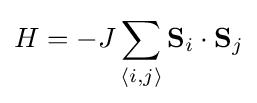
H=-J\sum _{\left\langle {i,j}\right\rangle }\mathbf {S} _{i}\cdot \mathbf {S} _{j}